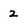
Character: 2